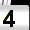
Digit: 4